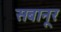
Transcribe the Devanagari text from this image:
सबानूर